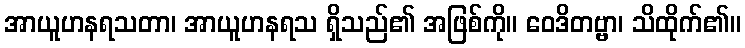
အာယူဟနရသတာ၊ အာယူဟနရသ ရှိသည်၏ အဖြစ်ကို။ ဝေဒိတဗ္ဗာ၊ သိထိုက်၏။